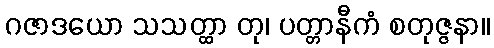
ဂဇာဒယော သသတ္ထာ တု၊ ပတ္တာနီကံ စတုဇ္ဇနာ။